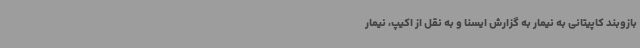
بازوبند کاپیتانی به نیمار به گزارش ایسنا و به نقل از اکیپ، نیمار